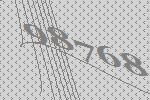
98768